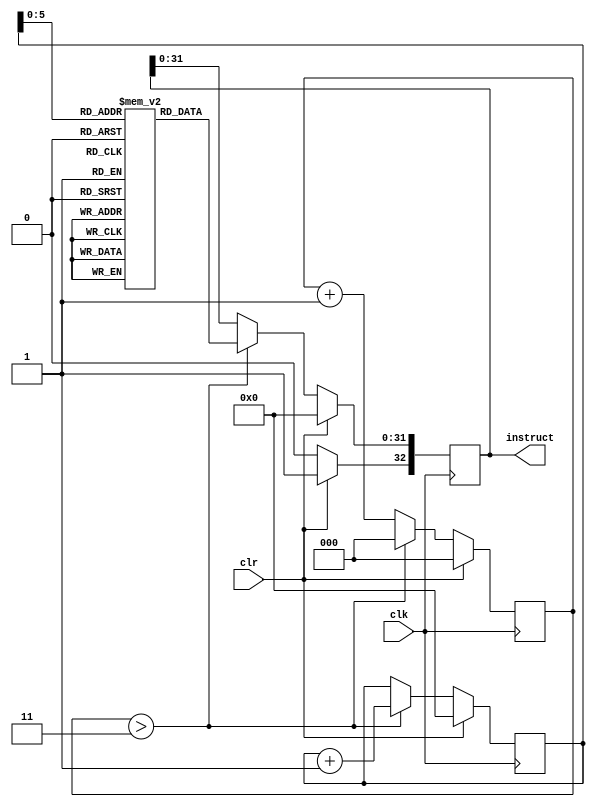
`timescale 1ns / 1ps
//////////////////////////////////////////////////////////////////////////////////
// Company: 
// Engineer: 
// 
// Design Name: 
// Module Name:    fetch 
// Project Name: 
// Target Devices: 
// Tool versions: 
// Description: 
//
// Dependencies: 
//
// Revision: 
// Revision 0.01 - File Created
// Additional Comments: 
//
//////////////////////////////////////////////////////////////////////////////////
module fetch(clk,clr,instruct);
input clk;
input clr;
output reg [32:0] instruct;

reg [31:0] inst_mem [0:63];

initial begin
instruct <= 0;
end
// initialize instruction set to be executed

initial
begin

inst_mem[0] = {6'b000000, 5'b00001, 5'b00010, 16'b00011_00000_000000 }; //enable add
inst_mem[1] = {6'b000001, 5'b00001, 5'b00010, 16'b00100_00000_000000 }; //enable sub 
inst_mem[2] = {6'b000101, 5'b00001, 5'b00010, 16'b00110_00000_000000 }; //enable and
inst_mem[3] = {6'b000110, 5'b00001, 5'b00010, 16'b00101_00000_000000 }; //enable  or
inst_mem[4] = {6'b000111, 5'b00001, 5'b00010, 16'b00111_00000_000000 }; //enable xor
inst_mem[5] = {6'b000011, 5'b00001, 5'b00010, 16'b01000_00001_000000 }; //shift left
inst_mem[6] = {6'b000100, 5'b00001, 5'b00010, 16'b01001_00010_000000 }; //shiftright
inst_mem[7] = {6'b001011, 5'b00001, 5'b00010, 16'b00000_00000_000100 }; //addimmed  
inst_mem[8] = {6'b000010, 5'b00001, 5'b00010, 16'b00000_00000_000001 }; //load immed
inst_mem[9] = {6'b100011, 5'b00001, 5'b00010, 16'b01100_00000_000000 }; //load word 
inst_mem[10] = {6'b101011,5'b00001, 5'b00100, 16'b01101_00000_000000 }; //storeword 
inst_mem[11] = {6'b100011, 5'b00001, 5'b00010, 16'b01100_00000_000000 }; //load word 
inst_mem[12] = {6'b000000, 5'b00001, 5'b00010, 16'b00011_00000_000000 }; //enable add
inst_mem[13] = {6'b000001, 5'b00001, 5'b00010, 16'b00100_00000_000000 }; //enable sub 
inst_mem[14] = {6'b111111, 5'b00001, 5'b00010, 16'b00100_00000_000000 } ; //end command
end                                              

//declare the counter that will update pc every 5 cycles
reg [2:0] counter;
reg [31:0] pc;  // program counter
reg re; // read enable
initial begin
pc <= 0;
counter <= 0;
//re = 0;
end

always @(posedge clk) begin         //works with the posedge of the clock
counter <= counter + 1;             //iterate the counter
if(counter > 3)begin                // when counter eqquals 4 then true i.e. counts to 5
counter <= 0;                       //reset counter
instruct[31:0] <= inst_mem[pc];     // pass the instruction code to the output
pc <= pc + 1;                       //update the pc counter by pc + 1
end
instruct[32] <= 0;  //pass null if not reset
if(clr)begin                         //clear external register
instruct[32] <= 1;
instruct[31:0] <= 0;
pc <= 0;
counter <= 0;
end
 
end
endmodule